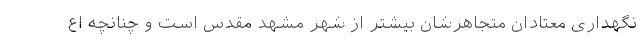
نگهداری معتادان متجاهر‌شان بیشتر از شهر مشهد مقدس است و چنانچه اع